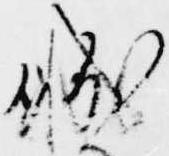
職